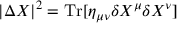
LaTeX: | \Delta X | ^ { 2 } = \mathrm { T r } [ \eta _ { \mu \nu } \delta X ^ { \mu } \delta X ^ { \nu } ]